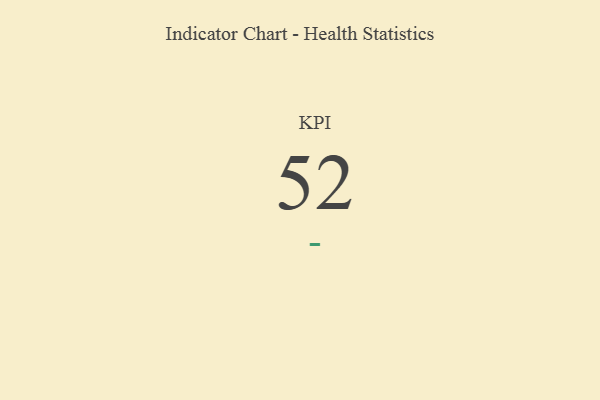
{"axis": {"x": "KPI", "y": "Value"}, "legend": [""], "data": [{"x": "KPI", "y": 52, "type": ""}]}